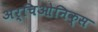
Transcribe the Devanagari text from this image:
अर्चिओनिक्स